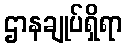
ဌာနချုပ်ရှိရာ